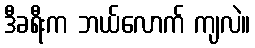
ဒီခရီးက ဘယ်လောက် ကျလဲ။